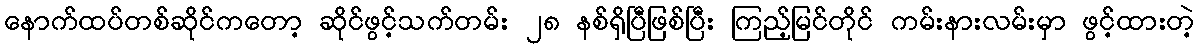
နောက်ထပ်တစ်ဆိုင်ကတော့ ဆိုင်ဖွင့်သက်တမ်း ၂၈ နစ်ရှိပြီဖြစ်ပြီး ကြည့်မြင်တိုင် ကမ်းနားလမ်းမှာ ဖွင့်ထားတဲ့